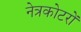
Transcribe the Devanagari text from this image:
नेत्रकोटरों